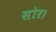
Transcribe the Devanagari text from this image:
सोर।